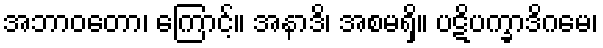
အဘာဝတော၊ ကြောင့်။ အနာဒိ၊ အစမရှိ။ ပဋိပက္ခာဒိဂမေ၊